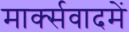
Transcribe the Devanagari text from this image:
मार्क्सवादमें